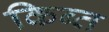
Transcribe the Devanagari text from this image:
किब्त